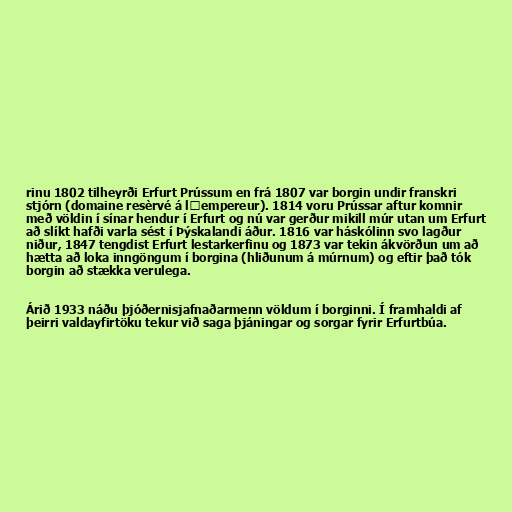
rinu 1802 tilheyrði Erfurt Prússum en frá 1807 var borgin undir franskri
stjórn (domaine resèrvé á lempereur). 1814 voru Prússar aftur komnir
með völdin í sínar hendur í Erfurt og nú var gerður mikill múr utan um Erfurt
að slíkt hafði varla sést í Þýskalandi áður. 1816 var háskólinn svo lagður
niður, 1847 tengdist Erfurt lestarkerfinu og 1873 var tekin ákvörðun um að
hætta að loka inngöngum í borgina (hliðunum á múrnum) og eftir það tók
borgin að stækka verulega.

Árið 1933 náðu þjóðernisjafnaðarmenn völdum í borginni. Í framhaldi af
þeirri valdayfirtöku tekur við saga þjáningar og sorgar fyrir Erfurtbúa.